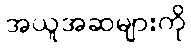
အယူအဆများကို